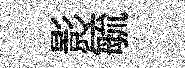
影毓